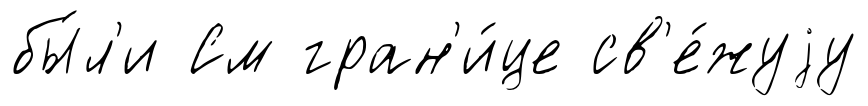
бы́л'и См гран'и́це св'е́жуjу